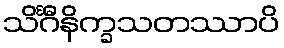
သိင်္ဂီနိက္ခသတဿာပိ